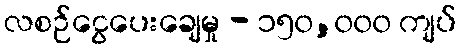
လစဉ်ငွေပေးချေမှု - ၁၅၀,၀၀၀ ကျပ်